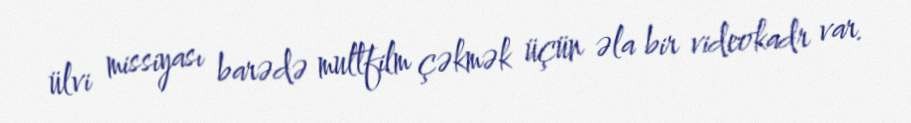
ülvi missiyası barədə multfilm çəkmək üçün əla bir videokadr var.